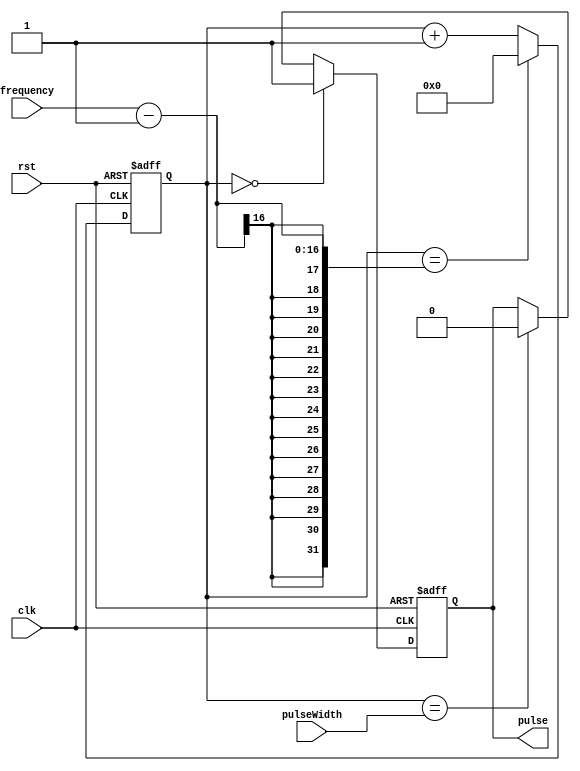
module SimplePulseGenerator(
    input clk,
    input rst,
    input [7:0] pulseWidth,
    input [15:0] frequency,
    output reg pulse
);

reg [15:0] count;
reg sync;

always @(posedge clk or posedge rst) begin
    if (rst) begin
        count <= 0;
        pulse <= 0;
        sync <= 0;
    end else begin
        if (count == 0) begin
            pulse <= 1;
        end else if (count == pulseWidth) begin
            pulse <= 0;
        end
        
        if (sync == 0 && count == 0) begin
            sync <= 1;
        end else if (sync == 1 && count == frequency - 1) begin
            sync <= 0;
        end
        
        if (count == frequency - 1) begin
            count <= 0;
        end else begin
            count <= count + 1;
        end
    end
end

endmodule